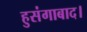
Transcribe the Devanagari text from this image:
हुसंगाबाद।